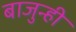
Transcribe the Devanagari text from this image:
बाजुन्ही